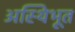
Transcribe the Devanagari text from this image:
अस्थिभूत